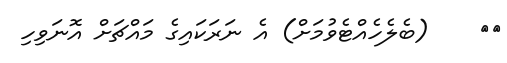
٣٠    (ބެލެހެއްޓެވުމަށް) އެ ނަރަކައިގެ މައްޗަށް އޮނަވިހި